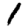
Digit: 1